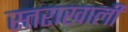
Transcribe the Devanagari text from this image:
स्तराखाली